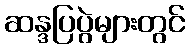
ဆန္ဒပြပွဲများတွင်